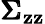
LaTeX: \pmb{\Sigma}_{\mathbf{z}\mathbf{z}}